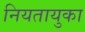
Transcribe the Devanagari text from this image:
नियतायुका